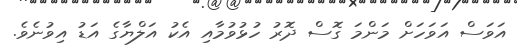
އަވަސް އަވަހަށް މަންމަ ގޮސް ދޮރު ހުޅުވުމާއި އެކު އަލްޔާގެ އަޑު އިވުނެވެ.